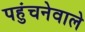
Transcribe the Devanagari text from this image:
पहुंचनेवाले